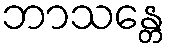
ဘာသန္တေ